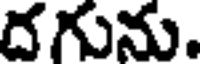
దగును.